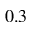
0 . 3